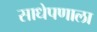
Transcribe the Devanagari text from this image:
साधेपणाला